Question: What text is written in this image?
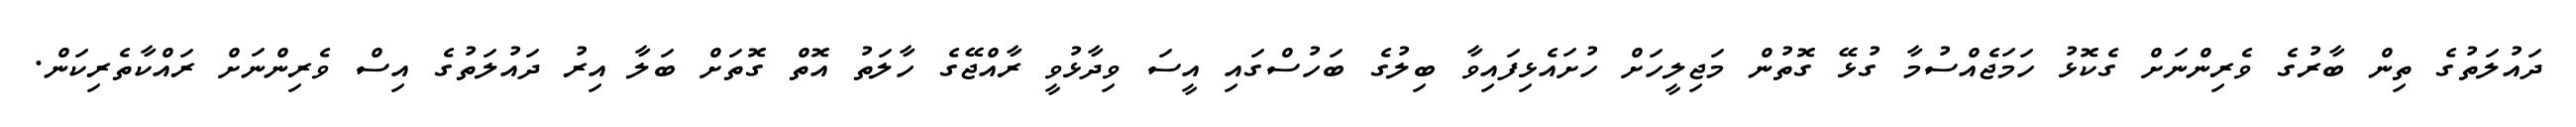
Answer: ދައުލަތުގެ ތިން ބާރުގެ ވެރިންނަށް ގެކޮޅު ހަމަޖެއްސުމާ ގުޅޭ ގޮތުން މަޖިލީހަށް ހުށައެޅިފައިވާ ބިލުގެ ބަހުސްގައި އީސަ ވިދާޅުވީ ރާއްޖޭގެ ހާލަތު އޮތް ގޮތަށް ބަލާ އިރު ދައުލަތުގެ އިސް ވެރިންނަށް ރައްކާތެރިކަން.